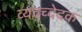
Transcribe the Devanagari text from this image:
व्यवच्देदक